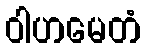
ဝါဟမေတံ